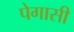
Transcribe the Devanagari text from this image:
पेगासी